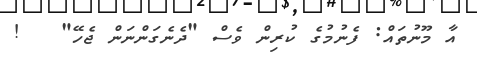
އާ މޫނުތައް: ފެނުމުގެ ކުރިން ވެސް "ދެނެގަންނަން ޖެހޭ"   !